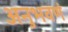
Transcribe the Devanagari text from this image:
अनुभवणं